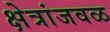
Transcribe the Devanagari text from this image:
क्षेत्रांजवळ